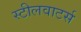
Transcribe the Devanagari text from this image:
स्टीलवाटर्स